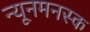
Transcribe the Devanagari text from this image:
न्यूनमनस्क